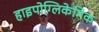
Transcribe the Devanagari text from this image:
हाइपोग्लिकेमिक